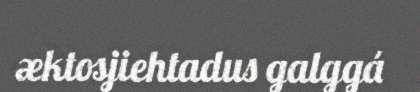
æktosjiehtadus galggá